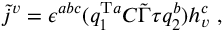
\tilde { j } ^ { v } = \epsilon ^ { a b c } ( q _ { 1 } ^ { \mathrm { T } a } C \tilde { \Gamma } \tau q _ { 2 } ^ { b } ) h _ { v } ^ { c } ~ ,